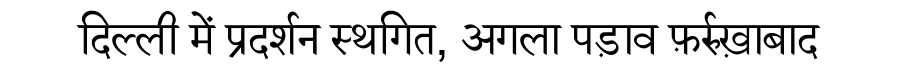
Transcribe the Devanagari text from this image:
दिल्ली में प्रदर्शन स्थगित, अगला पड़ाव फ़र्रुख़ाबाद